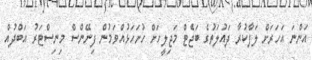
އަންނަ އަހަރަށް ލަފާކުރާ ދައުލަތުގެ ބަޖެޓް މަޖިލީހަށް ހުށަހަޅުއްވަމުން ފިނޭންސް މިނިސްޓަރު އަބްދުއް